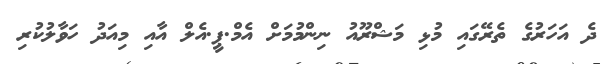
ދެ އަހަރުގެ ތެރޭގައި މުޅި މަޝްރޫއު ނިންމުމަށް އެމް.ޕީ.އެލް އާއި މިއަދު ހަވާލުކުރި